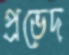
প্রভেদ